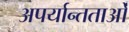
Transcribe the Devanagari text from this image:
अपर्यान्तताओं